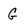
Character: G